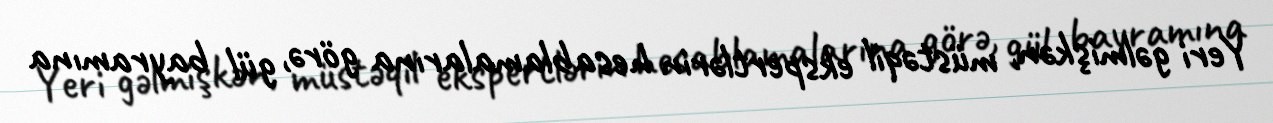
Yeri gəlmişkən, müstəqil ekspertlərin hesablamalarına görə, gül bayramına